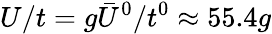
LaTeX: U/t=g\bar{U}^{0}/t^{0}\approx 55.4g